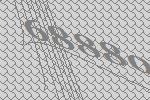
68880